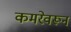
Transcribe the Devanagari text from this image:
कमरेवरून